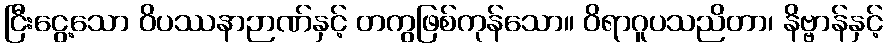
ငြီးငွေ့သော ဝိပဿနာဉာဏ်နှင့် တကွဖြစ်ကုန်သော။ ဝိရာဂူပသညိတာ၊ နိဗ္ဗာန်နှင့်